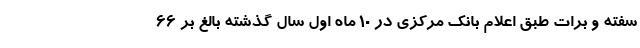
سفته و برات طبق اعلام بانک مرکزی در ۱۰ ماه اول سال گذشته بالغ بر ۶۶